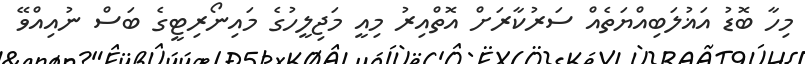
މިހާ ބޮޑު އަޣުލަބިއްޔަތެއް ސަރުކާރަށް އޮތްއިރު މިއީ މަޖިލީހުގެ މައިނޯރިޓީގެ ބަސް ނުއިއްވޭ